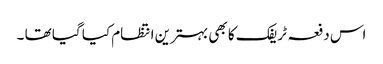
اس دفعہ ٹریفک کا بھی بہترین انتظام کیا گیا تھا ۔